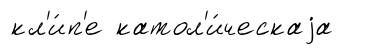
кл'и́п'е катол'и́ческаjа